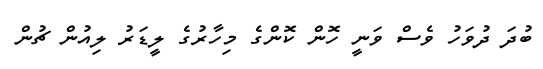
ބުދަ ދުވަހު ވެސް ވަނީ ހޮން ކޮންގެ މިހާރުގެ ލީޑަރު ލިއުން ޗުން